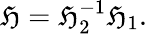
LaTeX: {\mathfrak{H}}={\mathfrak{H}}_{2}^{-1}{\mathfrak{H}}_{1}.